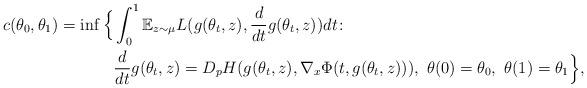
LaTeX: \begin{align*}c(\theta_0, \theta_1)=\inf \Big\{&\int_0^1\mathbb{E}_{z\sim\mu}L(g(\theta_t,z), \frac{d}{dt}g(\theta_t, z))dt\colon\\& \frac{d}{dt}g(\theta_t, z)=D_p H(g(\theta_t,z), \nabla_x\Phi(t, g(\theta_t,z))),~\theta(0)=\theta_0,~\theta(1)=\theta_1\Big\},\end{align*}